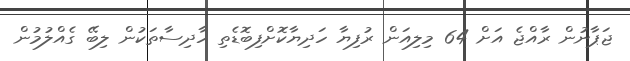
ޖަޕާނުން ރާއްޖެ އަށް 64 މިލިއަން ރުފިޔާ ހަދިޔާކޮށްފިބޮޑެތި ހާދިސާތަކުން ލިބޭ ގެއްލުމުން